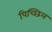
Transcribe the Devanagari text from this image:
पिच्छिल